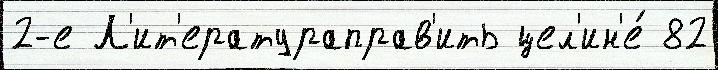
2-е Л'ит'ератураправ'ить цел'ин'е́ 82